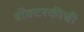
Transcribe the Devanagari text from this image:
डॉक्टरकीची